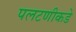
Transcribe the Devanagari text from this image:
पलटणीकडे